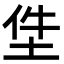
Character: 𡋚